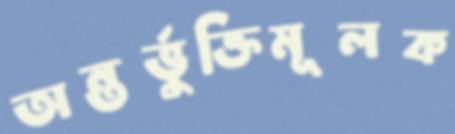
অন্তর্ভুক্তিমূলক